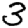
Digit: 3